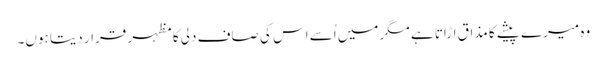
وہ میرے پیشے کا مذاق اڑاتا ہے مگر میں اُسے اس کی صاف دلی کا مظہر قرار دیتا ہوں۔